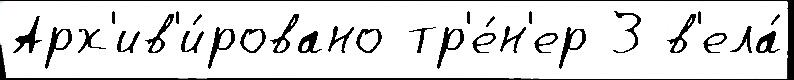
Арх'ив'и́ровано тр'е́н'ер З в'ела́